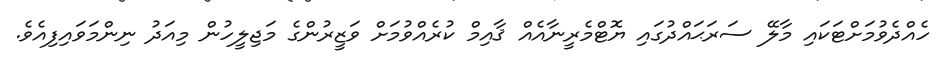
ހެއްދެވުމަށްޓަކައި މާލޭ ސަރަޙައްދުގައި ޔޮޓްމެރީނާއެއް ޤާއިމް ކުރެއްވުމަށް ވަޒީރުންގެ މަޖިލީހުން މިއަދު ނިންމަވައިފިއެވެ.